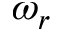
\omega _ { r }